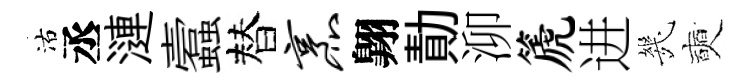
沽丞漣蠧替烹翺勣泖篪进㡬奭